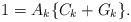
LaTeX: \begin{align*}1=A_k\{C_k+G_k\}.\end{align*}